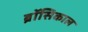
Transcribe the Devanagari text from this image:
ब्रॉसिकाल